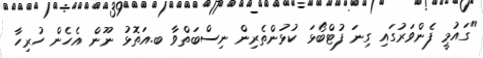
"ގައުމީ ފެންވަރުގައި ގިނަ ފުޓްބޯޅަ ކުޅުންތެރިން ނިސްބަތްވާ ބ.އަތޮޅު ނޫން އެހެން ހުރިހާ